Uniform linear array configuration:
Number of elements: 24
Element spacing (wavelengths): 0.25
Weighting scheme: cosine
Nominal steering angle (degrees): -60
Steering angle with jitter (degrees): -61.688
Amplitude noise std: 0.05
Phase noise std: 0.05

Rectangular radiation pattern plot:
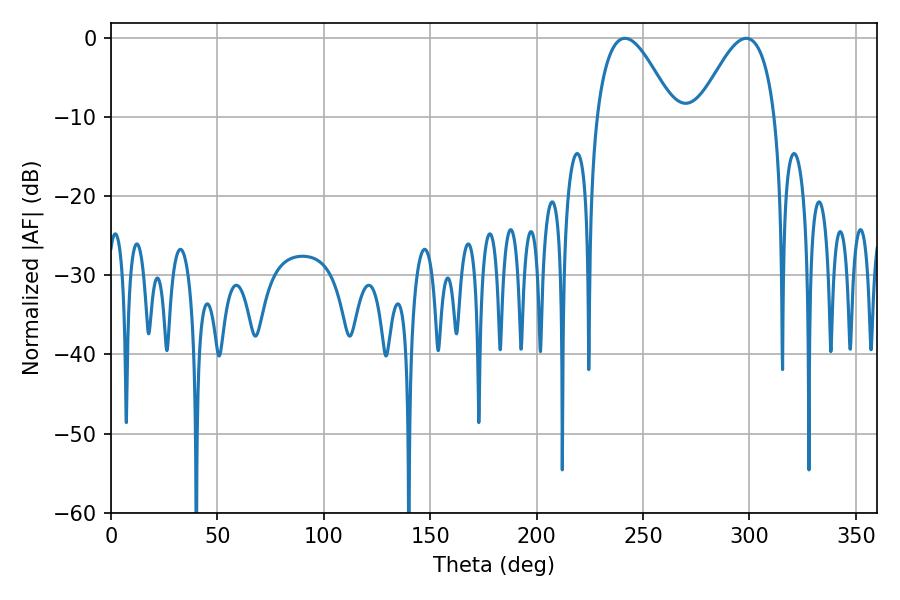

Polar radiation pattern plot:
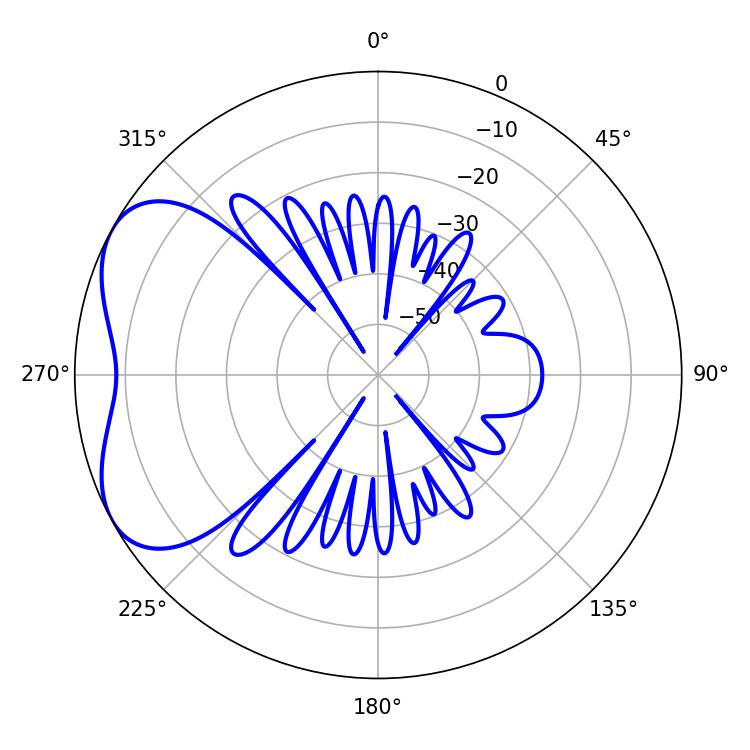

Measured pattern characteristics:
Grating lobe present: FALSE
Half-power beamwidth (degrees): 19.62
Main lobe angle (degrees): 241.56